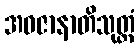
အဝဇာနာတိသုတ္တံ